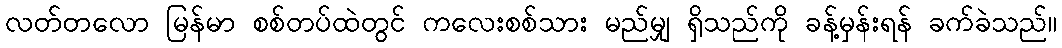
လတ်တလော မြန်မာ စစ်တပ်ထဲတွင် ကလေးစစ်သား မည်မျှ ရှိသည်ကို ခန့်မှန်းရန် ခက်ခဲသည်။